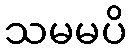
သမမပိ